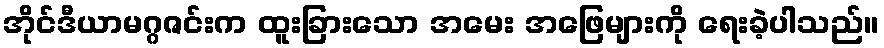
အိုင်ဒီယာမဂ္ဂဇင်းက ထူးခြားသော အမေး အဖြေများကို ရေးခဲ့ပါသည်။